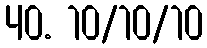
40. 10/10/10